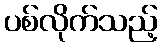
ပစ်လိုက်သည့်